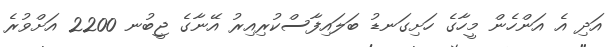
އަދި އެ އަންހެން މީހާގެ ހަށިގަނޑު ބަލައިފާސްކުރިއިރު އޭނާގެ ޖީބުނ 2200 އަށްވުރެ